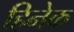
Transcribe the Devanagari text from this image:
हिनेक